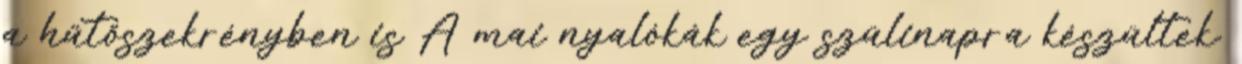
a hűtőszekrényben is A mai nyalókák egy szülinapra készültek.